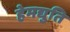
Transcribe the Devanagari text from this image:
हेमद्युति